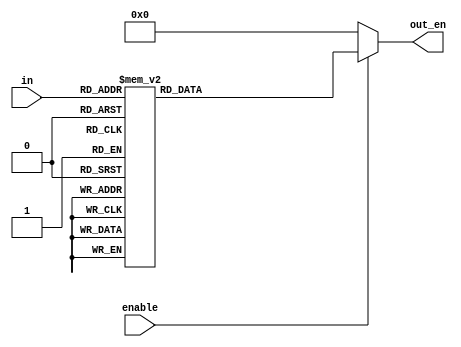
module position_decoder(input[3:0] in, input enable, output wire [15:0] out_en);
 reg[15:0] temp1;
 assign out_en = (enable==1'b1)?temp1:16'd0;
 always @(*)
 begin
 case(in)
 4'd0: temp1 <= 16'b0000000000000001;
 4'd1: temp1 <= 16'b0000000000000010; 
 4'd2: temp1 <= 16'b0000000000000100;
 4'd3: temp1 <= 16'b0000000000001000;
 4'd4: temp1 <= 16'b0000000000010000;
 4'd5: temp1 <= 16'b0000000000100000;
 4'd6: temp1 <= 16'b0000000001000000;
 4'd7: temp1 <= 16'b0000000010000000;
 4'd8: temp1 <= 16'b0000000100000000;
 4'd9: temp1 <= 16'b0000001000000000;
 4'd10: temp1 <= 16'b0000010000000000;
 4'd11: temp1 <= 16'b0000100000000000;
 4'd12: temp1 <= 16'b0001000000000000;
 4'd13: temp1 <= 16'b0010000000000000;
 4'd14: temp1 <= 16'b0100000000000000;
 4'd15: temp1 <= 16'b1000000000000000;
 default: temp1 <= 16'b0000000000000001; 
 endcase 
end 
endmodule